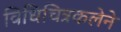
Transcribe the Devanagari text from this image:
विधिचित्रकलेने